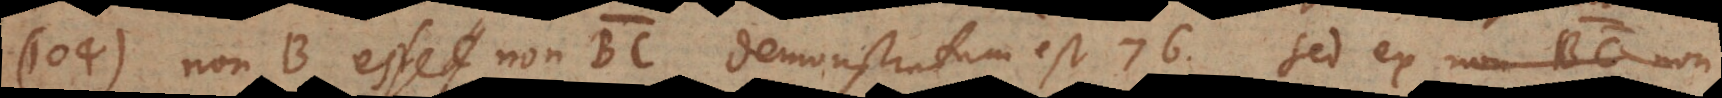
104) Non‐B esse non BC demonstratum est 76[bis]. Sed ex non BC non